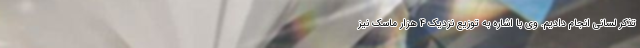
تذکر لسانی انجام دادیم. وی با اشاره به توزیع نزدیک ۴ هزار ماسک نیز